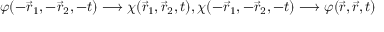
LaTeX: \varphi ( - \vec { r } _ { 1 } , - \vec { r } _ { 2 } , - t ) \longrightarrow \chi ( \vec { r } _ { 1 } , \vec { r } _ { 2 } , t ) , \chi ( - \vec { r } _ { 1 } , - \vec { r } _ { 2 } , - t ) \longrightarrow \varphi ( \vec { r } , \vec { r } , t )